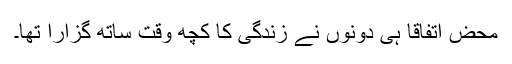
محض اتفاقاً ہی دونوں نے زندگی کا کچھ وقت ساتھ گزارا تھا۔